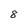
Character: 8